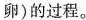
卵)的过程。